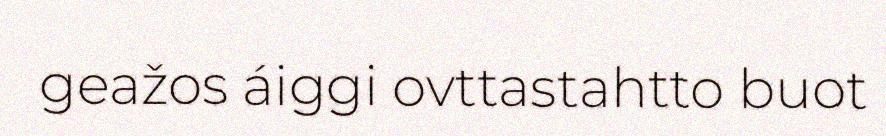
geažos áiggi ovttastahtto buot